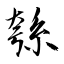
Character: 綔